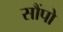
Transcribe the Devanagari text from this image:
सौंपो